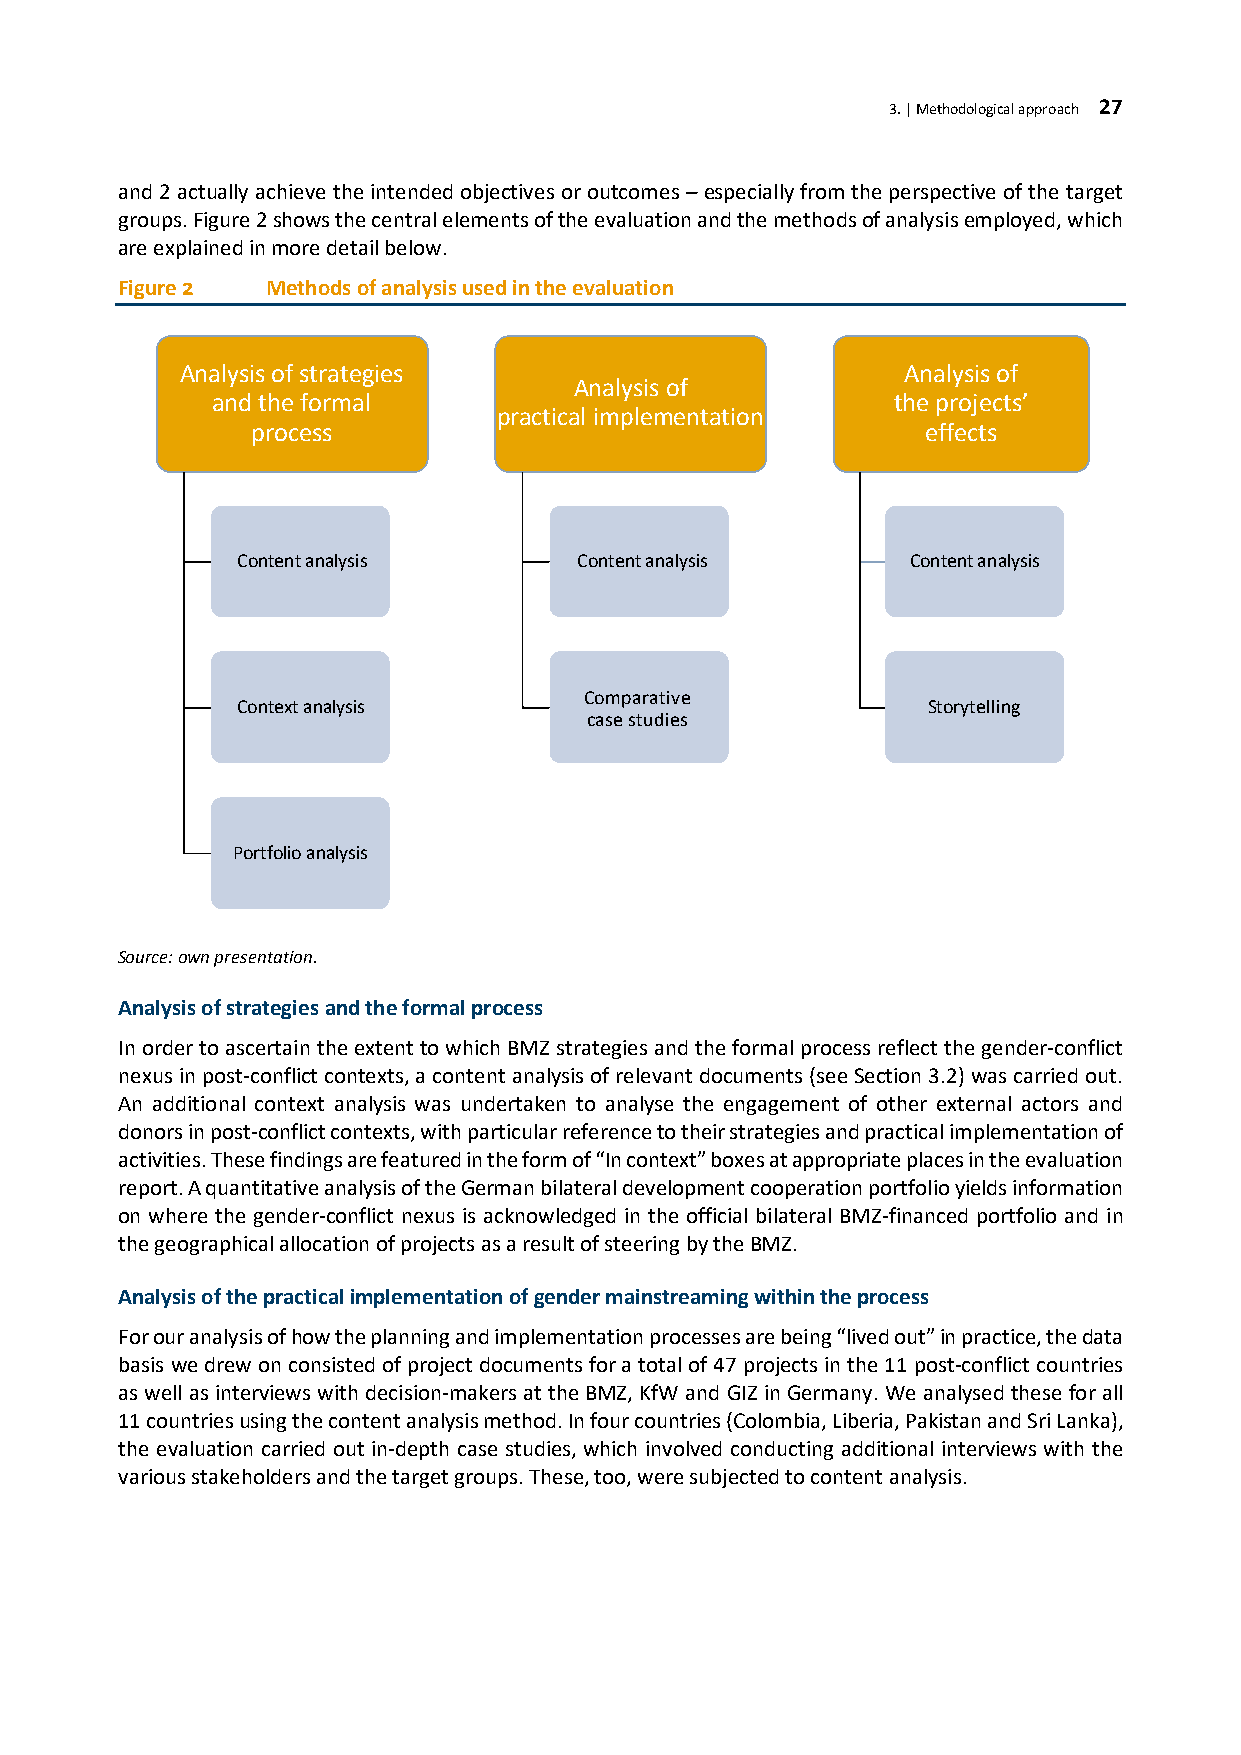
3. | Methodological approach 27
 and 2 actually achieve the intended objectives or outcomes – especially from the perspective of the target
 groups. Figure 2 shows the central elements of the evaluation and the methods of analysis employed, which
 are explained in more detail below.
 Figure 2  Methods of analysis used in the evaluation
 Analysis of strategies                          Analysis of
 Analysis of
 and the formal                               the projects’
 practical implementation
 process                                     effects
 Content analysis      Content analysis      Content analysis
 Comparative
 Context analysis                              Storytelling
 case studies
 Portfolio analysis
 Source: own presentation.
 Analysis of strategies and the formal process
 In order to ascertain the extent to which BMZ strategies and the formal process reflect the gender-conflict
 nexus in post-conflict contexts, a content analysis of relevant documents (see Section 3.2) was carried out.
 An additional context analysis was undertaken to analyse the engagement of other external actors and
 donors in post-conflict contexts, with particular reference to their strategies and practical implementation of
 activities. These findings are featured in the form of “In context” boxes at appropriate places in the evaluation
 report. A quantitative analysis of the German bilateral development cooperation portfolio yields information
 on where the gender-conflict nexus is acknowledged in the official bilateral BMZ-financed portfolio and in
 the geographical allocation of projects as a result of steering by the BMZ.
 Analysis of the practical implementation of gender mainstreaming within the process
 For our analysis of how the planning and implementation processes are being “lived out” in practice, the data
 basis we drew on consisted of project documents for a total of 47 projects in the 11 post-conflict countries
 as well as interviews with decision-makers at the BMZ, KfW and GIZ in Germany. We analysed these for all
 11 countries using the content analysis method. In four countries (Colombia, Liberia, Pakistan and Sri Lanka),
 the evaluation carried out in-depth case studies, which involved conducting additional interviews with the
 various stakeholders and the target groups. These, too, were subjected to content analysis.